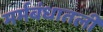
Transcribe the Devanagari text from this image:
मर्मबंधातली